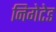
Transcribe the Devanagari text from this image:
निगेटेड